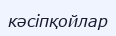
кәсіпқойлар